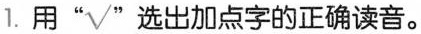
1.用”√”选出加点字的正确读音。